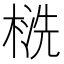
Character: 𰘁